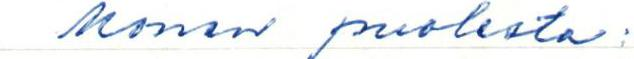
Monen puolesta: